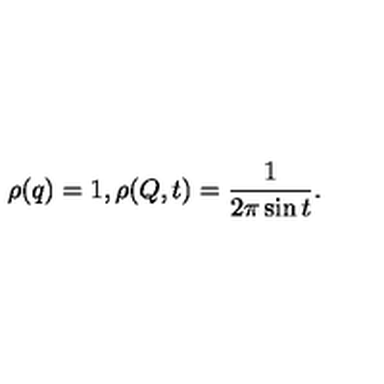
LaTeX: \rho ( q ) = 1 , \rho ( Q , t ) = { \frac { 1 } { 2 \pi \sin t } } .